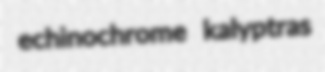
echinochrome kalyptras